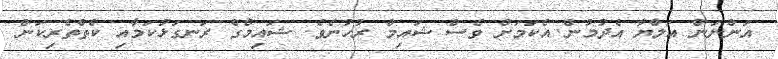
އަންނަން އަލްޔާ އެދުމުން އެކަމަށް ވެސް ޝައިމް ރުހުނެވެ. ޝައިމްގެ ރަނގަޅުކަމާއި ކެތްތެރިކަން